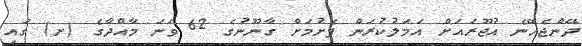
ދޭންޖެހޭނެ އުޖޫރައަށް އަމަލުކުރަން ފެށުމަށް ގާނޫނުގެ 62 ވަނަ މާއްދާގެ (ށ) ގައި